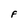
Character: F